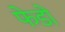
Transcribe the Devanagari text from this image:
फेडो